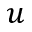
u